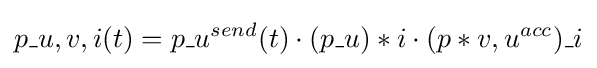
p\_{u,v,i}(t)=p\_u^{send}(t)\cdot (p\_u)*i\cdot (p*{v,u}^{acc})\_i